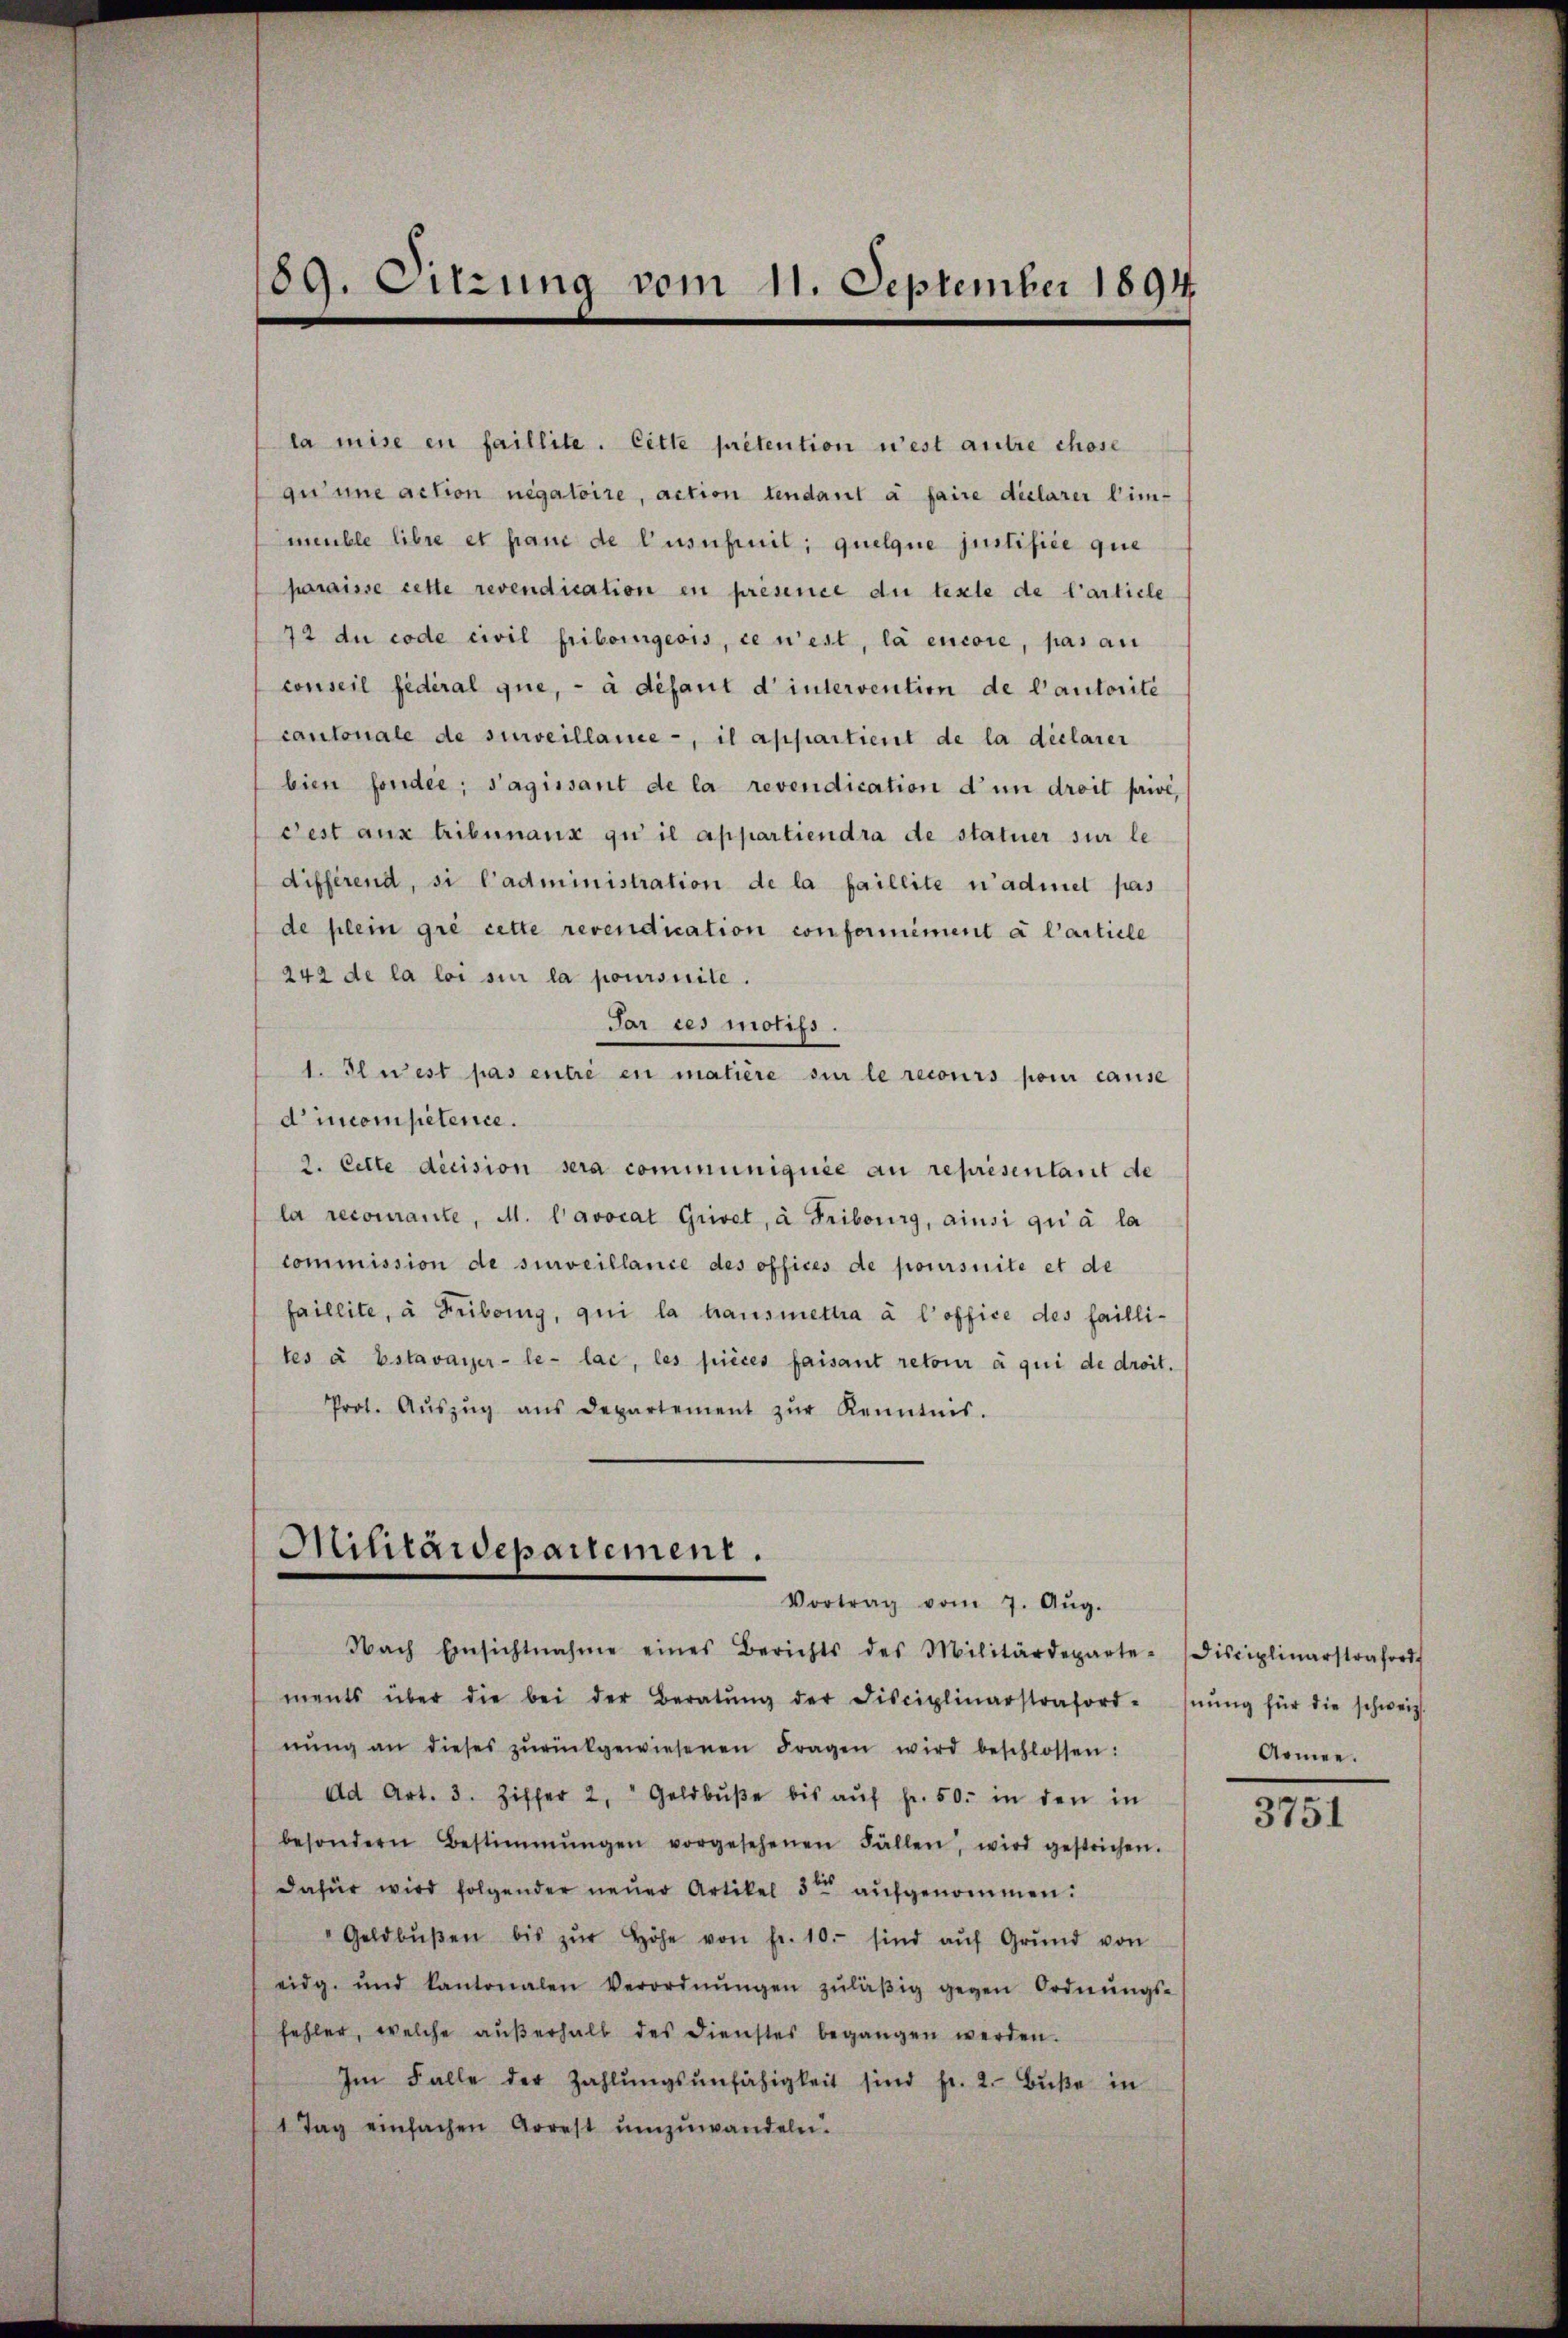
89. Sitzung vom 11. September 1894

la mise en faillite. Cette prétention n’est autre chose
qu’une action negatoire, action tendant à faire déclarer Limmeuble libre et fand de l’usufruit, quelque justifice que
praisse cette revendication in présence due texte de l’article
72 du code civil Fribourgeois, ce n’est, la encore, pas an
conseil fédéral que, - à défaut d intervention de l’autorite
cantonale de surveillame-, il appartient de la déclarer
bien fonder; s’agissant de la revendication d’un droit privé,
Fest aux tribunaux qu il appartiendra de statuer sur le
différend, si l’administration de la faillite n’admet pas
de plein gré cette revendication conformniment à l’article
242 de la loi sur la poursuite.
Sar ces motifs.
1. Il n’est pas entré en matière sur le recours pour cause
d’incompetence.
2. Cette decision sera communiquée au représentant de
la recomante, M. lavocat Grivet, à Fribourg, ainsi qui à la
commission de surveillance des offices de poursuite et de
faillite, à Fribung, qui la hausmettra à l’office des faillites à Estavayer-le- lai, les pièces faisant retour à qui de droit.
Prot. Aŭszŭg ans Departement zŭr Kenntnis.

Hiurärdepartement.
Vortrag vom 7. Aŭg.

Armee.

Nach Einsichtnahme eines Berichts des Militärdeparte-Disciplinarstraford
ments über die bei der Beratŭng der Disciplinarstraford-Inŭng für die schweiz.
nŭng an dieses zŭrückgewiesenen Fragen wird beschlossen:
Ad Art. 3. Ziffer 2. Geldbŭβe bis aŭf fr. 50. in den in
besondern Bestimmungen vorgesehenen Fällen, wird gestrichen.
dafür wird folgender neuer Artikel 3ten aufgenommen:
Geldbŭβen bis zŭr Höhe von fr. 10. sind aŭf Grŭnd von
eidg. und kantonalen Verordnŭngen zŭläβig gegen Ordnŭngs-
fehler, welche außerhalb des Dienstes begangen werden.
Im Falle der Zahlŭngsunfähigkeit sind fr. 2. Bŭβe in
1 Tag einfachen Arrest umzuwandeln.

3751